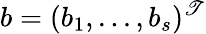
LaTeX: b=(b_{1},...,b_{s})^{\mathscr{T}}